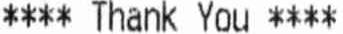
**** THANK YOU ****